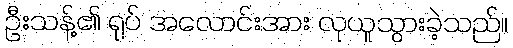
ဦးသန့်၏ ရုပ် အလောင်းအား လုယူသွားခဲ့သည်။